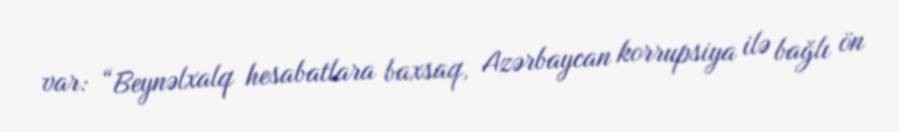
var: “Beynəlxalq hesabatlara baxsaq, Azərbaycan korrupsiya ilə bağlı ön